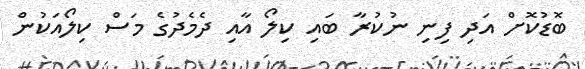
ބޮޑުކޮށް އަދި ފިނި ނުކުރާ ބައި ކިލޯ އާއި ދެމެދުގެ މަސް ކިލޯއަކުން